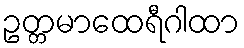
ဥတ္တမာထေရီဂါထာ